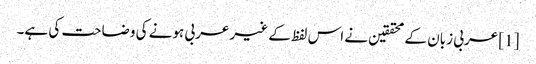
[1] عربی زبان کے محققین نے اس لفظ کے غیر عربی ہونے کی وضاحت کی ہے۔